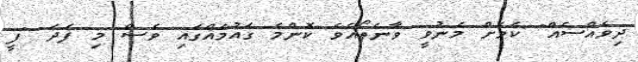
ދިވެއްސެއް" ކަމަށް މެނުވީ ވާނެތޯއެވެ ކޮންމެ ގައުމެއްގައި ވެސް މި ފަދަ "ފީ